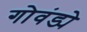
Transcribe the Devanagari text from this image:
गोवंड्ये